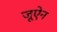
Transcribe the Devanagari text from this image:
जूऐन